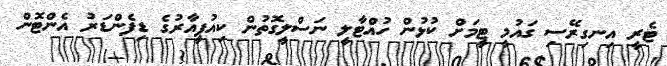
ޓެރީ އިނގިރޭސި ގައުމީ ޓީމަށް ކުޅުން ހުއްޓާލީ ނަސްލީގޮތުން ކިއުޕީއާރުގެ ޑިފެންޑަރު އެންޓޮން